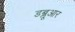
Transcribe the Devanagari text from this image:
डब्लूआर